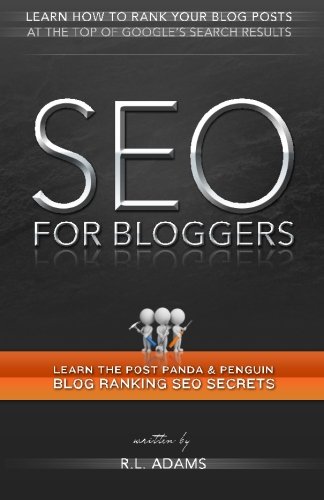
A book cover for SEO for Bloggers: Learn How to Rank your Blog Posts at the Top of Google's Search Results (The SEO Series); R. L. Adams; Computers & Technology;